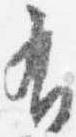
有